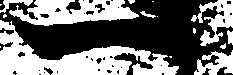
一